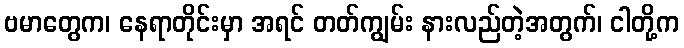
ဗမာတွေက၊ နေရာတိုင်းမှာ အရင် တတ်ကျွမ်း နားလည်တဲ့အတွက်၊ ငါတို့က